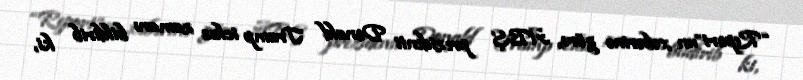
“Report”un xəbərinə görə, ABŞ prezidenti Donald Tramp iclas zamanı bildirib ki,